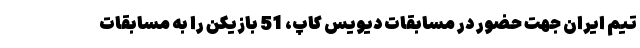
تیم ایران جهت حضور در مسابقات دیویس کاپ، 51 بازیکن را به مسابقات